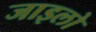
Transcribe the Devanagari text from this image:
जाइलो